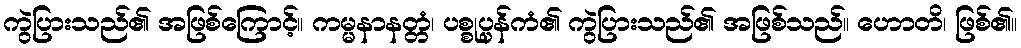
ကွဲပြားသည်၏ အဖြစ်ကြောင့်။ ကမ္မနာနတ္တံ၊ ပစ္စုပ္ပန်ကံ၏ ကွဲပြားသည်၏ အဖြစ်သည်။ ဟောတိ၊ ဖြစ်၏။